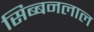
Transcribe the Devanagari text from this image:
सिब्‍बनलाल